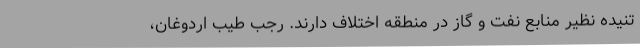
تنیده نظیر منابع نفت و گاز در منطقه اختلاف دارند. رجب طیب اردوغان،